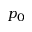
p _ { 0 }